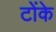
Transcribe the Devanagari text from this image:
टोंके